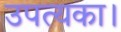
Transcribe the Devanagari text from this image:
उपत्यका।